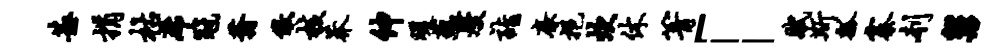
甚捐枯席冠蓊儆核莽伸暖蕴熳诣廉挹炊休箐「赋斯瓢寨刳舅